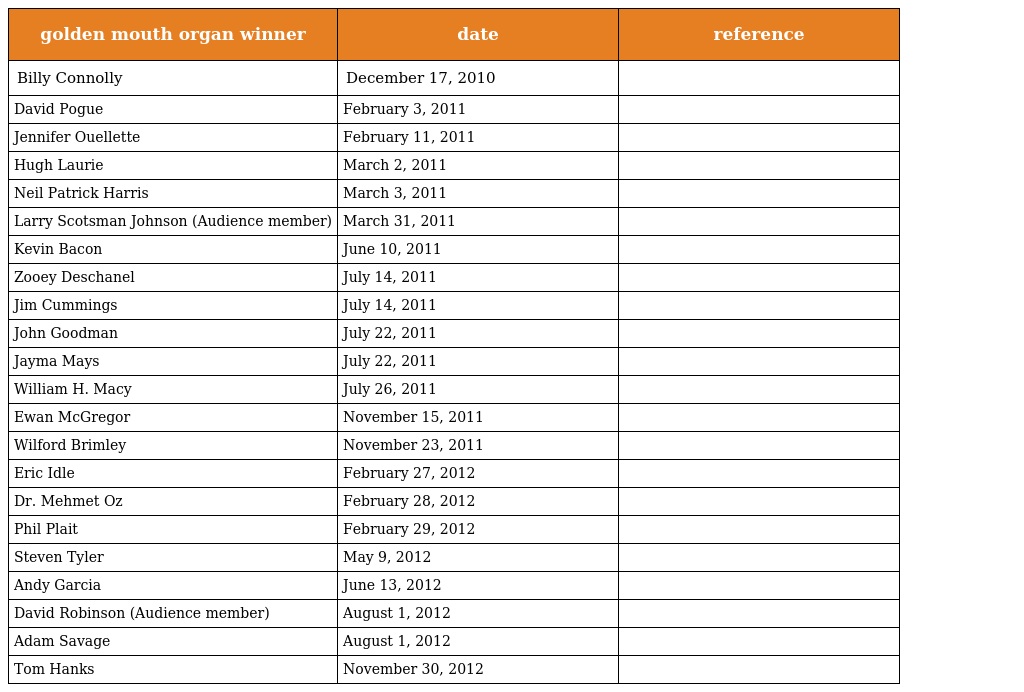
| golden mouth organ winner | date | reference |
 | --- | --- | --- |
 | Billy Connolly | December 17, 2010 |  |
 | David Pogue | February 3, 2011 |  |
 | Jennifer Ouellette | February 11, 2011 |  |
 | Hugh Laurie | March 2, 2011 |  |
 | Neil Patrick Harris | March 3, 2011 |  |
 | Larry Scotsman Johnson (Audience member) | March 31, 2011 |  |
 | Kevin Bacon | June 10, 2011 |  |
 | Zooey Deschanel | July 14, 2011 |  |
 | Jim Cummings | July 14, 2011 |  |
 | John Goodman | July 22, 2011 |  |
 | Jayma Mays | July 22, 2011 |  |
 | William H. Macy | July 26, 2011 |  |
 | Ewan McGregor | November 15, 2011 |  |
 | Wilford Brimley | November 23, 2011 |  |
 | Eric Idle | February 27, 2012 |  |
 | Dr. Mehmet Oz | February 28, 2012 |  |
 | Phil Plait | February 29, 2012 |  |
 | Steven Tyler | May 9, 2012 |  |
 | Andy Garcia | June 13, 2012 |  |
 | David Robinson (Audience member) | August 1, 2012 |  |
 | Adam Savage | August 1, 2012 |  |
 | Tom Hanks | November 30, 2012 |  |